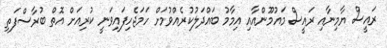
ރައީސް ޔާމިނާއި ރައީސް މައުމޫންއާއި އިމާމު ބައްދަލުކުރެއްވުމަށް ހަމަޖެހިފައިވަނީ ކުރިއަށް އޮތް ބުރާސްފަތި